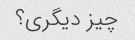
چیز دیگری؟